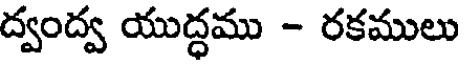
ద్వంద్వ యుద్ధము - రకములు